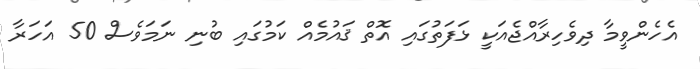
އެހެންވީމާ ދިވެހިރާއްޖެއަކީ ޅަފަތުގައި އޮތް ޤައުމެއް ކަމުގައި ބުނި ނަމަވެސް 50 އަހަރާ